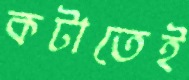
কটাতেই